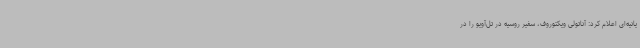
یانیه‌ای اعلام کرد: آناتولی ویکتوروف، سفیر روسیه در تل‌آویو را در